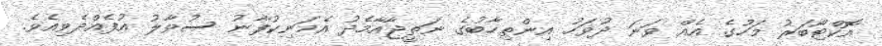
އޮކްޓޯބަރު މަހުގެ އެއް ވަނަ ދުވަހު އިންތިހާބުގެ ނަތީޖާއާމެދު އެމަނިކުފާނު ސުވާލު އުފެއްދެވިއެވެ.